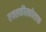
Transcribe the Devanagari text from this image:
एक्सकीस्कोरएक